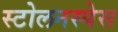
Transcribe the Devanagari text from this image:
स्टोलनस्पेस